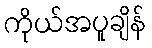
ကိုယ်အပူချိန်